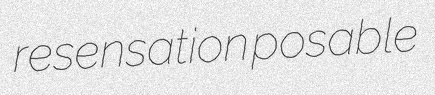
resensation posable